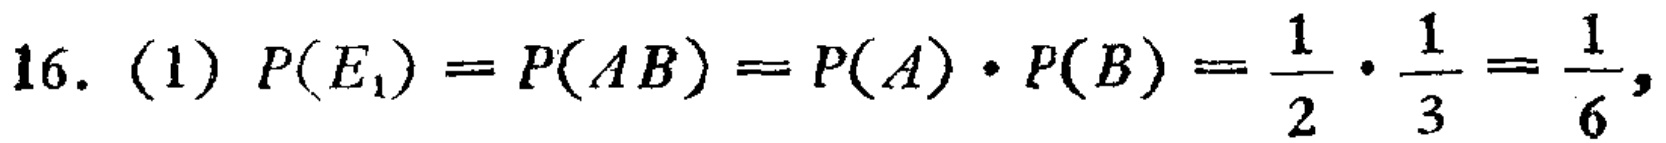
16. (1) \(P(E_1)=P(AB)=P(A)\cdot P(B)=\frac{1}{2}\cdot\frac{1}{3}=\frac{1}{6}\)